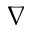
\nabla